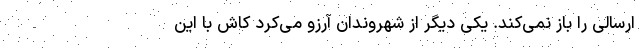
ارسالی را باز نمی‌کند. یکی دیگر از شهروندان آرزو می‌کرد کاش با این